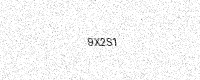
Text: 9X2S1